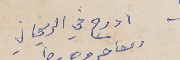
ادرج في الريحاني